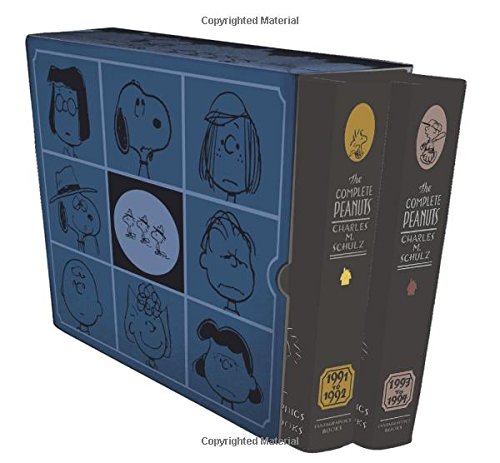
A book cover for The Complete Peanuts 1991-1994 Box Set (The Complete Peanuts); Charles M. Schulz; Comics & Graphic Novels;